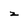
Character: z